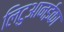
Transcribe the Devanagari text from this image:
लिटुआनईका